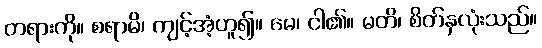
တရားကို။ စရာမိ၊ ကျင့်အံ့ဟူ၍။ မေ၊ ငါ၏။ မတိ၊ စိတ်နှလုံးသည်။